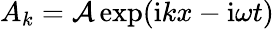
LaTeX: A_{k}={\cal A}\exp(\mathrm{i}kx-\mathrm{i}\omega t)